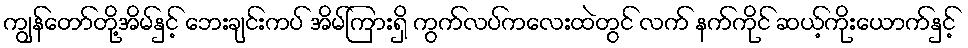
ကျွန်တော်တို့အိမ်နှင့် ဘေးချင်းကပ် အိမ်ကြားရှိ ကွက်လပ်ကလေးထဲတွင် လက် နက်ကိုင် ဆယ့်ကိုးယောက်နှင့်